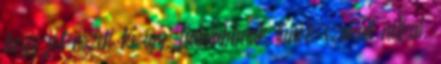
hogy jól nézek ki így, fiatalabbnak tűnök szakáll nélkül.